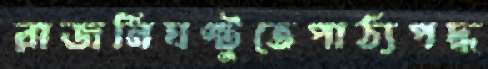
রাজনিঘণ্টুতেপাঠ্যপদ্ধ